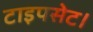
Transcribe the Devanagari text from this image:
टाइपसेट।